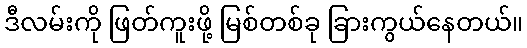
ဒီလမ်းကို ဖြတ်ကူးဖို့ မြစ်တစ်ခု ခြားကွယ်နေတယ်။